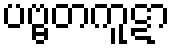
ပဗ္ဗတကူဋာ